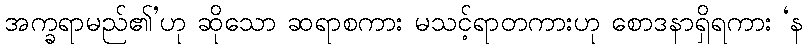
အက္ခရာမည်၏’ဟု ဆိုသော ဆရာစကား မသင့်ရာတကားဟု စောဒနာရှိရကား ‘န